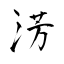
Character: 淓